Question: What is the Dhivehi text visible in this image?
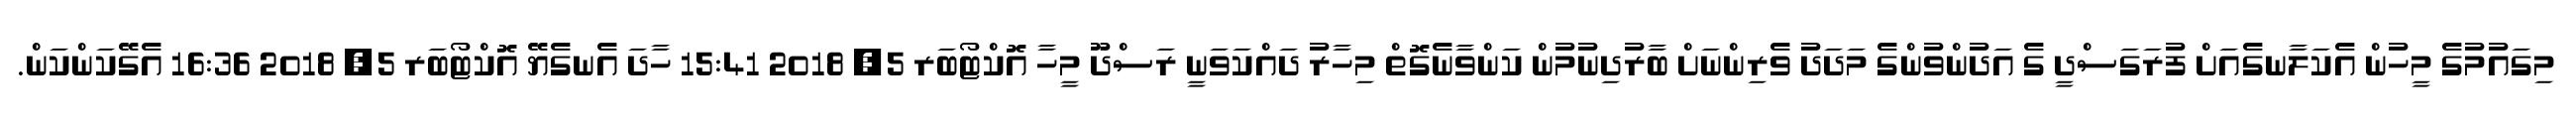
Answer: މިގައުމުގެ މީހުން އެކަލާނގެއަށް ފުރަގަސްދީ ގެ އަދުންވުންގެ މަދަދު ވެރިންނަށް ބާރުދިނުމުން ކަންވާނެގޮތް މިހާރު ދައްކަވަނީ ރަސްދޫ މީހާ އޮކްޓޯބަރ 5, 2018 15:41 ހާދަ އެނގެޔޭ އޮކްޓޯބަރ 5, 2018 16:36 އެގޭކަންކަން.